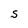
Character: S